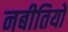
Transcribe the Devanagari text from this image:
नबीतियों